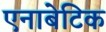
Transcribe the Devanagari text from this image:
एनाबेटिक